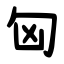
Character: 匈